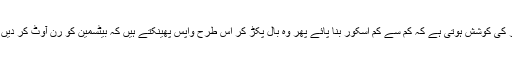
اگر بیٹسمین اس کی بال کو کھیل جائے تو اس کے دیگر ساتھی یعنی فیلڈرز کی کوشش ہوتی ہے کہ کم سے کم اسکور بنا پائے پھر وہ بال پکڑ کر اس طرح واپس پھینکتے ہیں کہ بیٹسمین کو رن آوٹ کر دیں یعنی وہ بھی مل کر بیٹسمین کو ناکام کرنے کی بھرپور کوشش کرتے ہیں۔